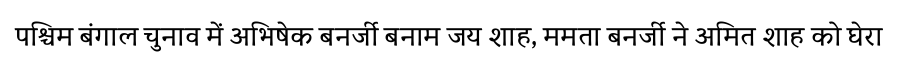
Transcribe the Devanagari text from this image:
पश्चिम बंगाल चुनाव में अभिषेक बनर्जी बनाम जय शाह, ममता बनर्जी ने अमित शाह को घेरा